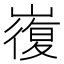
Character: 㠅